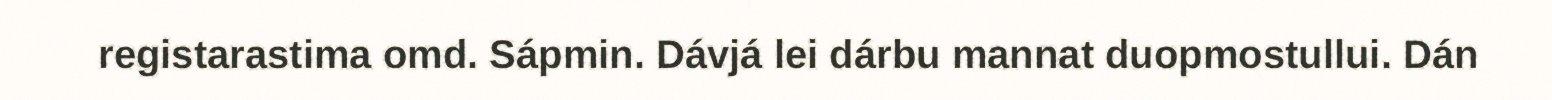
registarastima omd. Sápmin. Dávjá lei dárbu mannat duopmostullui. Dán